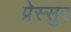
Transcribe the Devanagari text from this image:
प्रेस्सुर